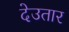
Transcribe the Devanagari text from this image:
देउतार